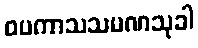
ဝပကာသသမဏသုခါ